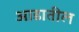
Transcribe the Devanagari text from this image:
आडातील